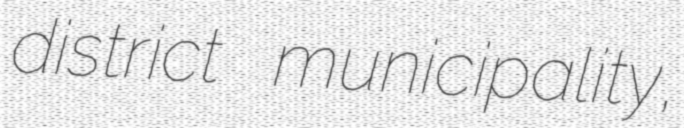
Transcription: district municipality,